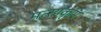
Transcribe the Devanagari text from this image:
मत्स्यकृमि